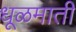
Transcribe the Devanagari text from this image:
धूळमाती